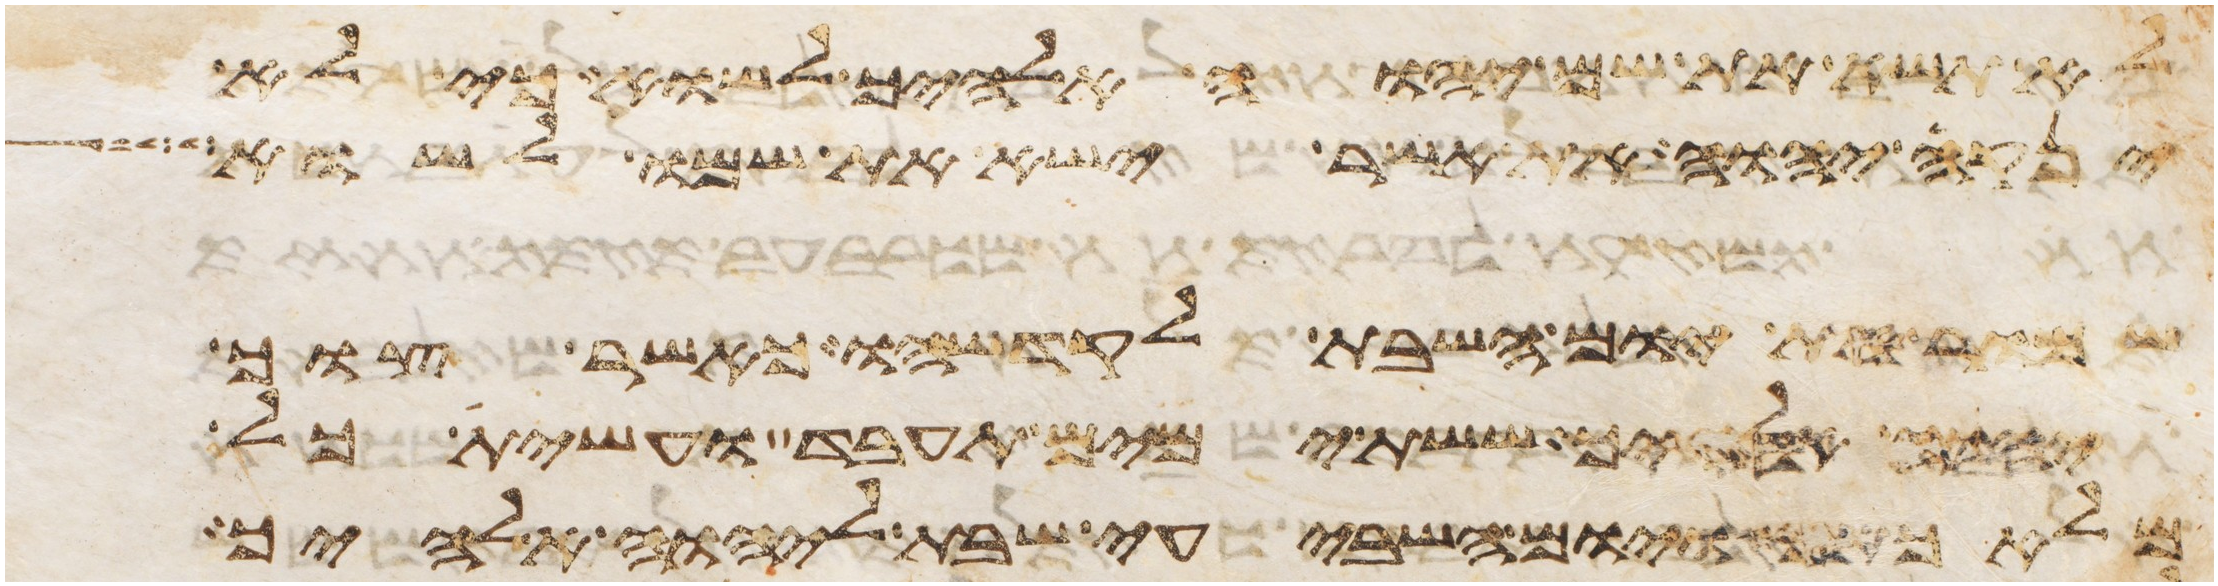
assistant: לא תשא את שם יהוה אלהיך לשוא כי לא
ינקה יהוה את אשר ישא את שמו לשוא
שמור את יום השבת לקדשהו כאשר צוך
יהוה אלהיך ששת ימים תעבד ועשית כל
מלאכתך ויום השביעי שבת ליהוה אלהיך